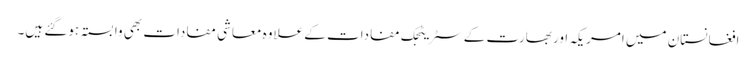
افغانستان میں امریکہ اور بھارت کے سٹریٹجک مفادات کے علاوہ معاشی مفادات بھی وابستہ ہوگئے ہیں۔